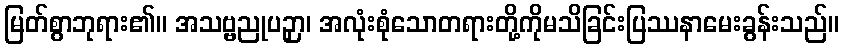
မြတ်စွာဘုရား၏။ အသဗ္ဗညုပဉှာ၊ အလုံးစုံသောတရားတို့ကိုမသိခြင်းပြဿနာမေးခွန်းသည်။